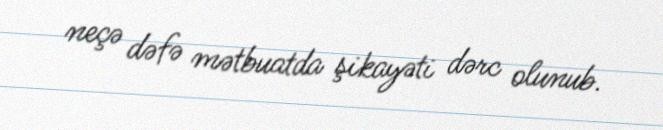
neçə dəfə mətbuatda şikayəti dərc olunub.